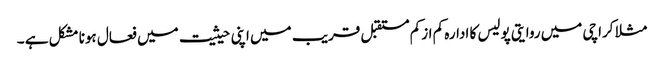
مثلا کراچی میں روایتی پولیس کا ادارہ کم ازکم مستقبل قریب میں اپنی حیثیت میں فعال ہونا مشکل ہے ۔